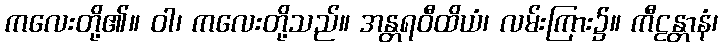
ကလေးတို့၏။ ဝါ၊ ကလေးတို့သည်။ အန္တရဝီထိယံ၊ လမ်းကြား၌။ ကီဠန္တာနံ၊